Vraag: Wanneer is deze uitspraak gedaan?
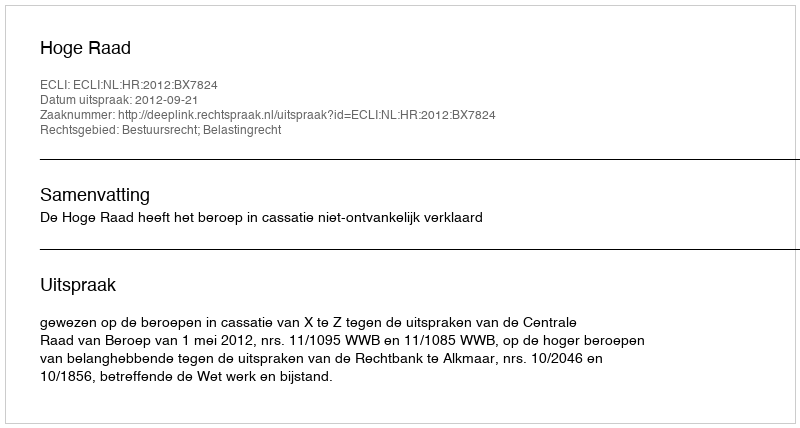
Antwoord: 2012-09-21